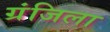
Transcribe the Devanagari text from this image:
ग्रंजिला